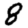
Digit: 8